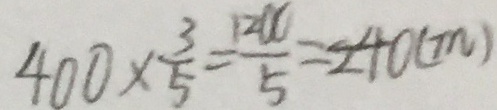
4 0 0 \times \frac { 3 } { 5 } = \frac { 1 2 U } { 5 } = 2 4 0 ( m )